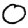
Digit: 0